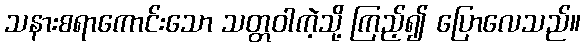
သနားစရာကောင်းသော သတ္တဝါကဲ့သို့ ကြည့်၍ ပြောလေသည်။